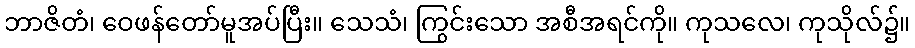
ဘာဇိတံ၊ ဝေဖန်တော်မူအပ်ပြီး။ သေသံ၊ ကြွင်းသော အစီအရင်ကို။ ကုသလေ၊ ကုသိုလ်၌။